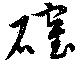
確